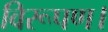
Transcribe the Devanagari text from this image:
विरूपण।